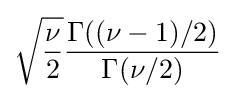
{\sqrt {\frac {\nu }{2}}}{\frac {\Gamma ((\nu -1)/2)}{\Gamma (\nu /2)}}